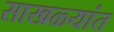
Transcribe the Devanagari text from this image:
साखळ्यांत